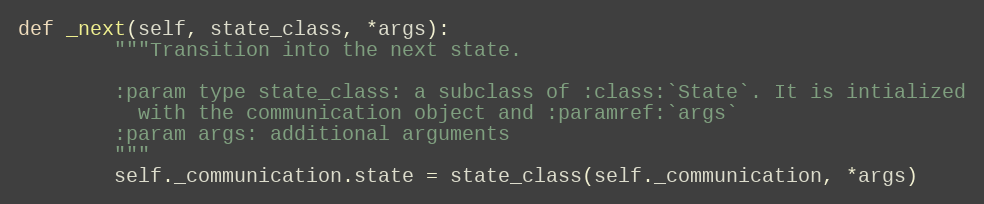
Language: Python
def _next(self, state_class, *args):
        """Transition into the next state.

        :param type state_class: a subclass of :class:`State`. It is intialized
          with the communication object and :paramref:`args`
        :param args: additional arguments
        """
        self._communication.state = state_class(self._communication, *args)